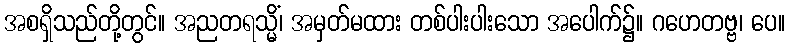
အစရှိသည်တို့တွင်။ အညတရသ္မိံ၊ အမှတ်မထား တစ်ပါးပါးသော အပေါက်၌။ ဂဟေတဗ္ဗ၊ ပေ။